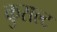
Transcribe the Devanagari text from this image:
कुराल्ट